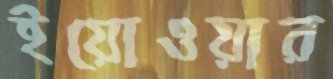
ইয়োওয়ার